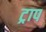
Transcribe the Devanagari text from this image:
ट्राप